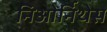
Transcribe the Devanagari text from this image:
निओर्निथेस